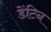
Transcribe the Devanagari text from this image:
डेंटिन